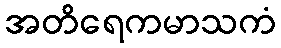
အတိရေကမာသကံ